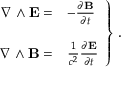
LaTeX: \left. \begin{array} { r l } { { \nabla \wedge { \bf E } = } } & { { - { \frac { \partial { \bf B } } { \partial t } } } } \\ { { } } & { { } } \\ { { \nabla \wedge { \bf B } = } } & { { \frac { 1 } { c ^ { 2 } } { \frac { \partial { \bf E } } { \partial t } } } } \end{array} \right\} \, .